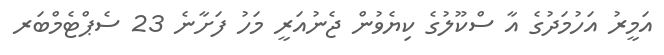
އަމީރު އަހުމަދުގެ އާ ސްކޫލުގެ ކިޔެވުން ޖެނުއަރީ މަހު ފަށާނެ 23 ސެޕްޓެމްބަރ